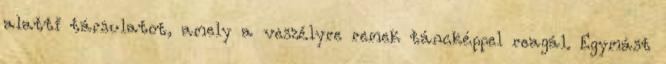
alatti társulatot, amely a veszélyre remek táncképpel reagál. Egymást